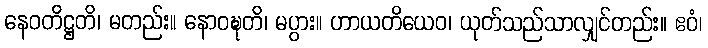
နေဝတိဋ္ဌတိ၊ မတည်း။ နောဝဍ္ဎတိ၊ မပွား။ ဟာယတိယေဝ၊ ယုတ်သည်သာလျှင်တည်း။ ဧဝံ၊